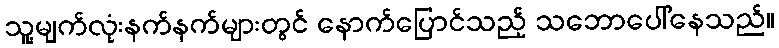
သူ့မျက်လုံးနက်နက်များတွင် နောက်ပြောင်သည့် သဘောပေါ်နေသည်။